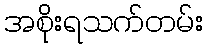
အစိုးရသက်တမ်း